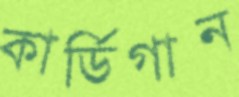
কার্ডিগান